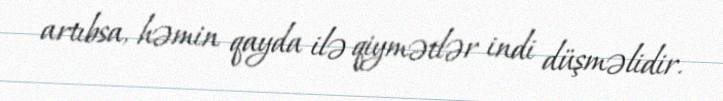
artıbsa, həmin qayda ilə qiymətlər indi düşməlidir.